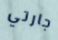
جارتي